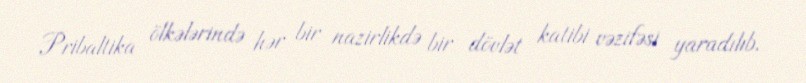
Pribaltika ölkələrində hər bir nazirlikdə bir dövlət katibi vəzifəsi yaradılıb.